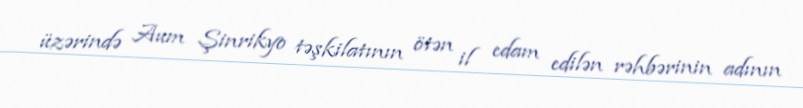
üzərində Aum Şinrikyo təşkilatının ötən il edam edilən rəhbərinin adının